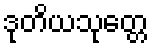
ဒုတိယသုတ္တေ